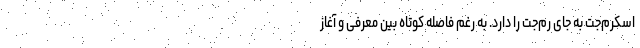
اسکرم‌جت به جای رم‌جت را دارد. به رغم فاصله کوتاه بین معرفی و آغاز